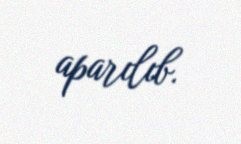
aparılıb.